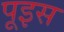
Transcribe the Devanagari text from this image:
पूइस